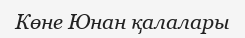
Көне Юнан қалалары